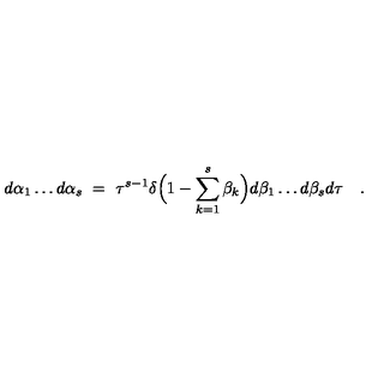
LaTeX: d \alpha _ { 1 } \ldots d \alpha _ { s } \ = \ \tau ^ { s - 1 } \delta \Bigl ( 1 - \sum _ { k = 1 } ^ { s } \beta _ { k } \Bigr ) d \beta _ { 1 } \ldots d \beta _ { s } d \tau \quad .